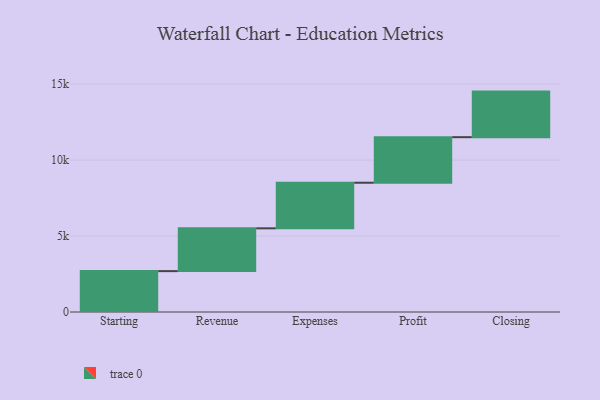
{"axis": {"x": "Step", "y": "Value"}, "legend": [""], "data": [{"x": "Starting", "y": 2691.0, "type": ""}, {"x": "Revenue", "y": 2818.0, "type": ""}, {"x": "Expenses", "y": 3000, "type": ""}, {"x": "Profit", "y": 3000, "type": ""}, {"x": "Closing", "y": 3000, "type": ""}]}